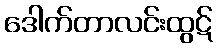
ဒေါက်တာလင်းထွဋ်